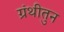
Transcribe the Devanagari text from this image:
ग्रंथीतुन